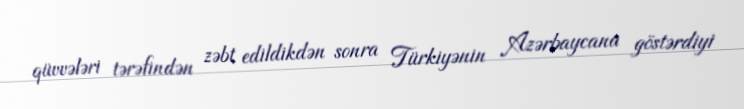
qüvvələri tərəfindən zəbt edildikdən sonra Türkiyənin Azərbaycana göstərdiyi